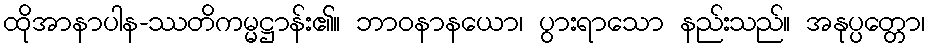
ထိုအာနာပါန-ဿတိကမ္မဋ္ဌာန်း၏။ ဘာဝနာနယော၊ ပွားရာသော နည်းသည်။ အနုပ္ပတ္တော၊